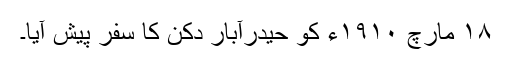
١٨ مارچ ١٩١٠ء کو حیدرآبار دکن کا سفر پیش آیا۔